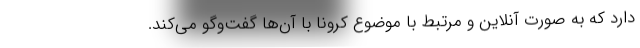
دارد که به صورت آنلاین و مرتبط با موضوع کرونا با آن‌ها گفت‌وگو می‌کند.